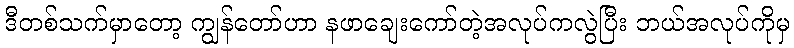
ဒီတစ်သက်မှာတော့ ကျွန်တော်ဟာ နဖာချေးကော်တဲ့အလုပ်ကလွဲပြီး ဘယ်အလုပ်ကိုမှ